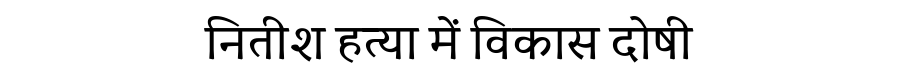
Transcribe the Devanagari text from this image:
नितीश हत्या में विकास दोषी